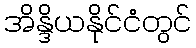
အိန္ဒိယနိုင်ငံတွင်